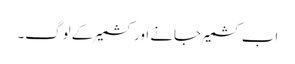
اب کشمیر جانے اور کشمیر کے لوگ۔